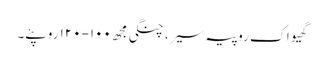
گھیو اک روپیہ سیر، چنگی مجھ ١٠٠-١٢٠ روپئے۔